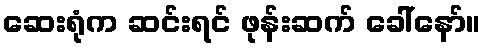
ဆေးရုံက ဆင်းရင် ဖုန်းဆက် ခေါ်နော်။